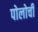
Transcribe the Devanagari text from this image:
पोलोची